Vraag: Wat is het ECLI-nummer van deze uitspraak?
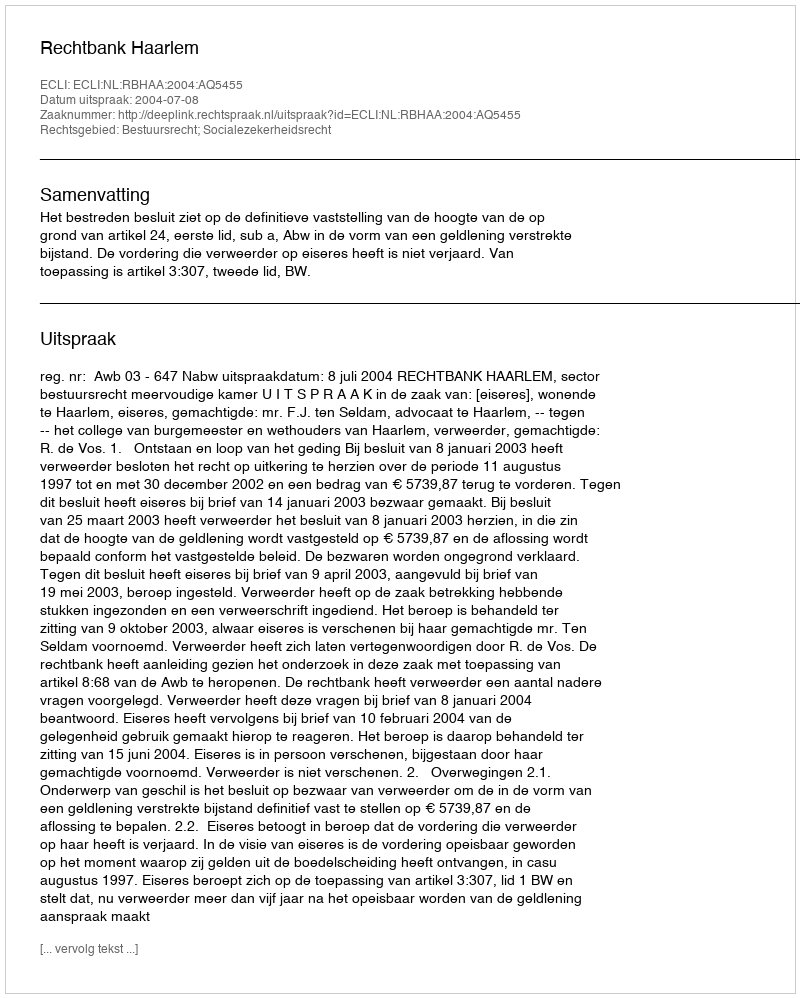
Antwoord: ECLI:NL:RBHAA:2004:AQ5455